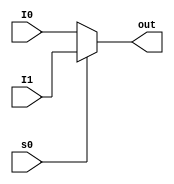
/*
Implement a W-bit 2 to 1 and a W-bit 4 to 1 multiplexers, where W is a parameter specifying the
data width of the input.
*/
module muxWTwoToOne #(parameter W=1)(s0,I1,I0,out);

input [W-1:0] I1;
input [W-1:0] I0;
input s0;
output [W-1:0] out;

assign out=s0 ? I1 : I0;

endmodule